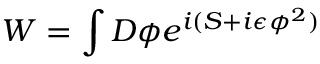
W = \int { \cal D } \phi e ^ { i ( S + i \epsilon \phi ^ { 2 } ) }